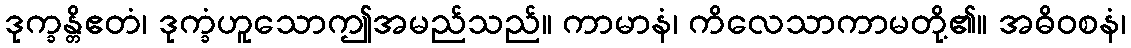
ဒုက္ခန္တိဧတံ၊ ဒုက္ခံဟူသောဤအမည်သည်။ ကာမာနံ၊ ကိလေသာကာမတို့၏။ အဓိဝစနံ၊